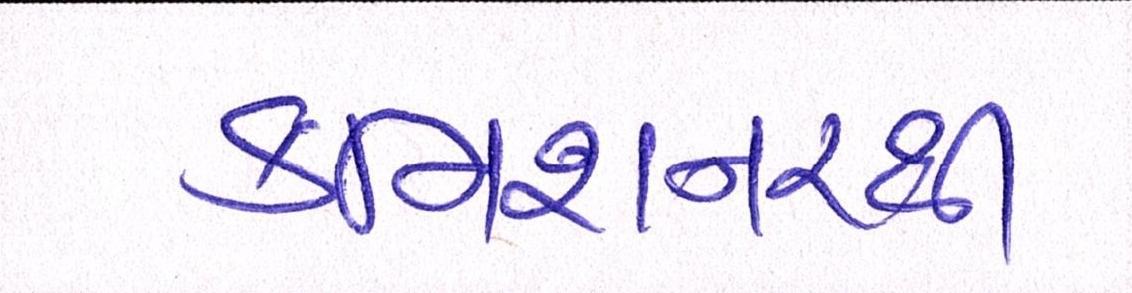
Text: કમિશનરથી